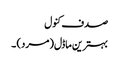
صدف کنول
بہترین ماڈل (مرد) ۔